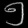
Digit: ၅